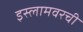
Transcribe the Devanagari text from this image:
इस्लामवरची